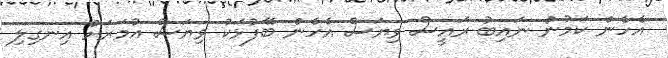
އެހެން ކަމުން ނައިބު ރައީސް ވިޔަސް އެހެން ބޭފުޅަކު ވިޔަސް އުމަރަށް އިނގިލި